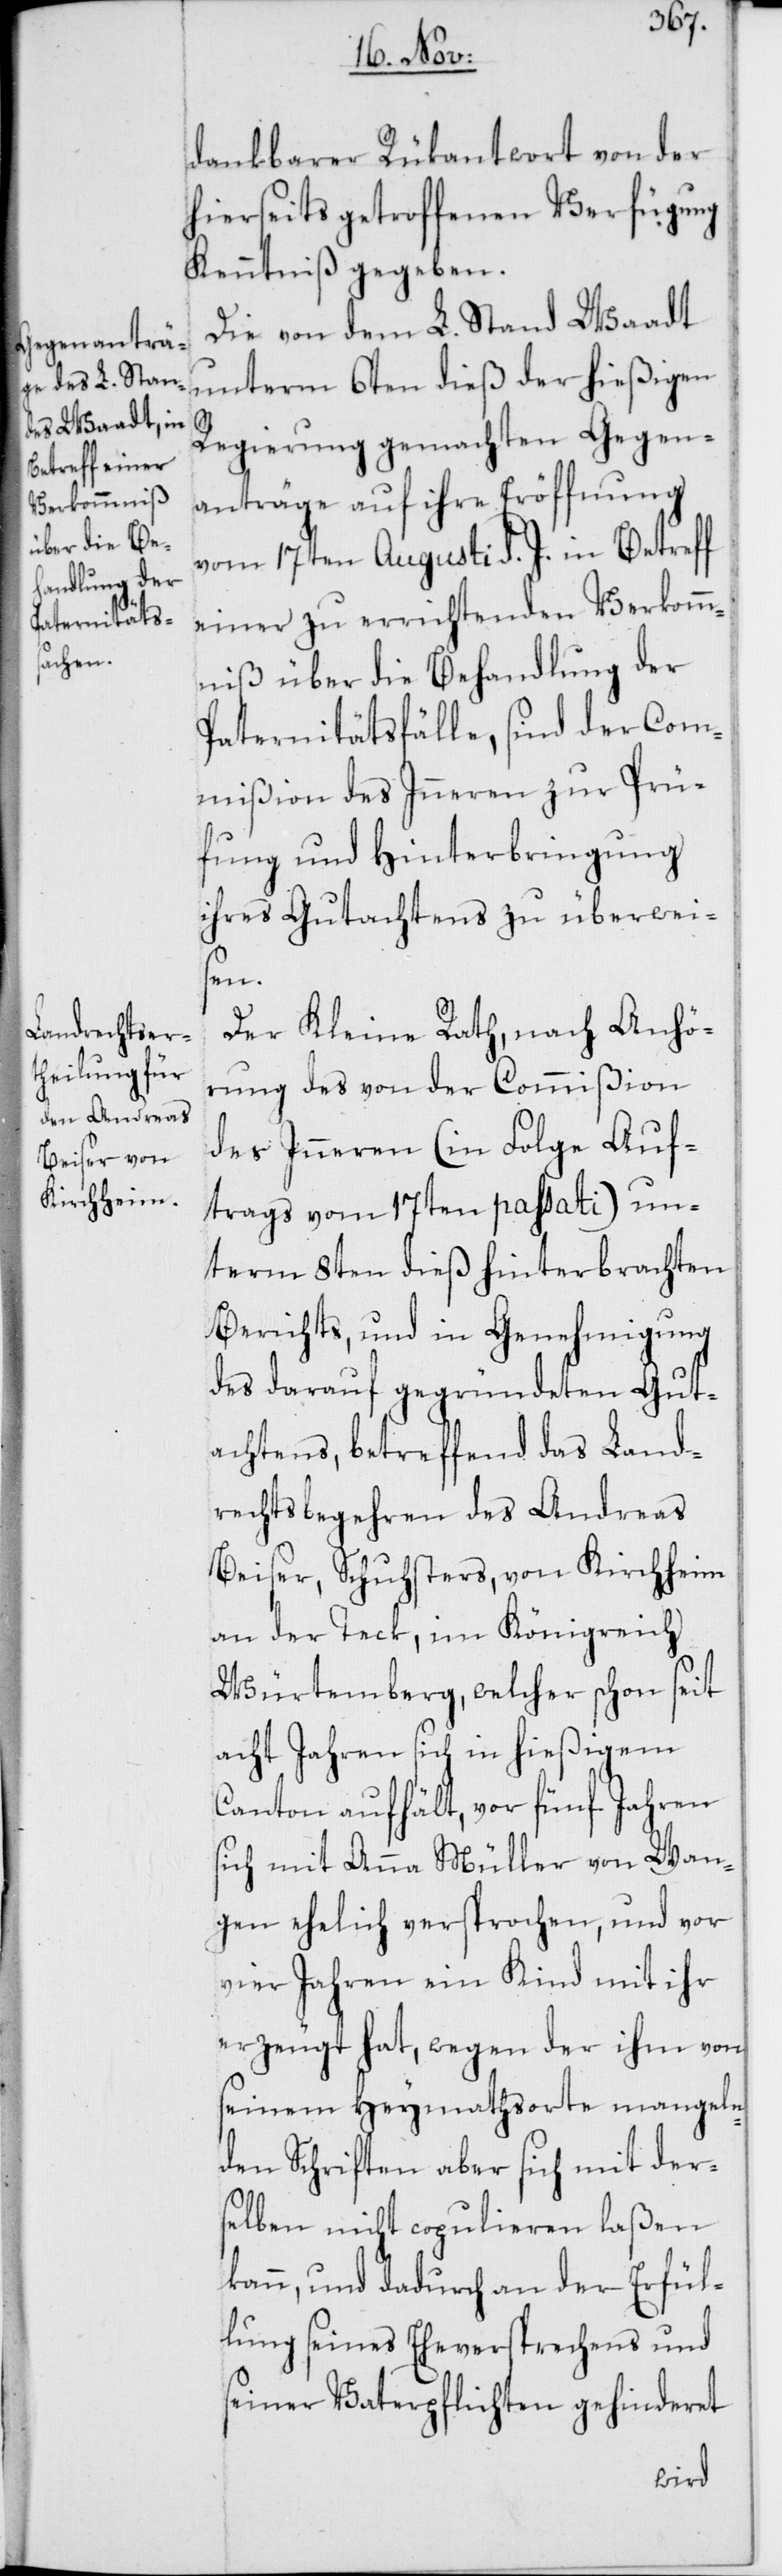
dankbarer Rükantwort von der
hierseits getroffenen Verfügung
Kenntniß gegeben.
Die von dem L. Stand Waadt
unterm 6ten dieß der hießigen
Regierung gemachten Gegen¬
anträge auf ihre Eröffnung
vom 17ten Augusti d. J. in Betreff
einer zu errichtenden Verkomm¬
niß über die Behandlung der
Paternitätsfälle, sind der Com¬
mißion des Inneren zur Prü¬
fung und Hinterbringung
ihres Gutachtens zu überwei¬
sen.
Der Kleine Rath, nach Anhö¬
rung des von der Commißion
des Inneren (in Folge Auf¬
trags vom 17ten passati) un¬
term 8ten dieß hinterbrachten
Berichts, und in Genehmigung
des darauf gegründeten Gut¬
achtens, betreffend das Land¬
rechtsbegehren des Andreas
Beiser, Schusters, von Kirchheim
an der Teck, im Königreich
Würtemberg, welcher schon seit
acht Jahren sich in hießigem
Canton aufhält, vor fünf Jahren
sich mit Anna Müller von Wan¬
gen ehelich versprochen, und vor
vier Jahren ein Kind mit ihr
erzeugt hat, wegen der ihm von
seinem Heymathsorte mangeln¬
den Schriften aber sich mit der¬
selben nicht copulieren laßen
kann, und dadurch an der Erfül¬
lung seines Eheversprechens und
seiner Vaterpflichten gehinderet